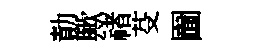
勣歟禇芟圗